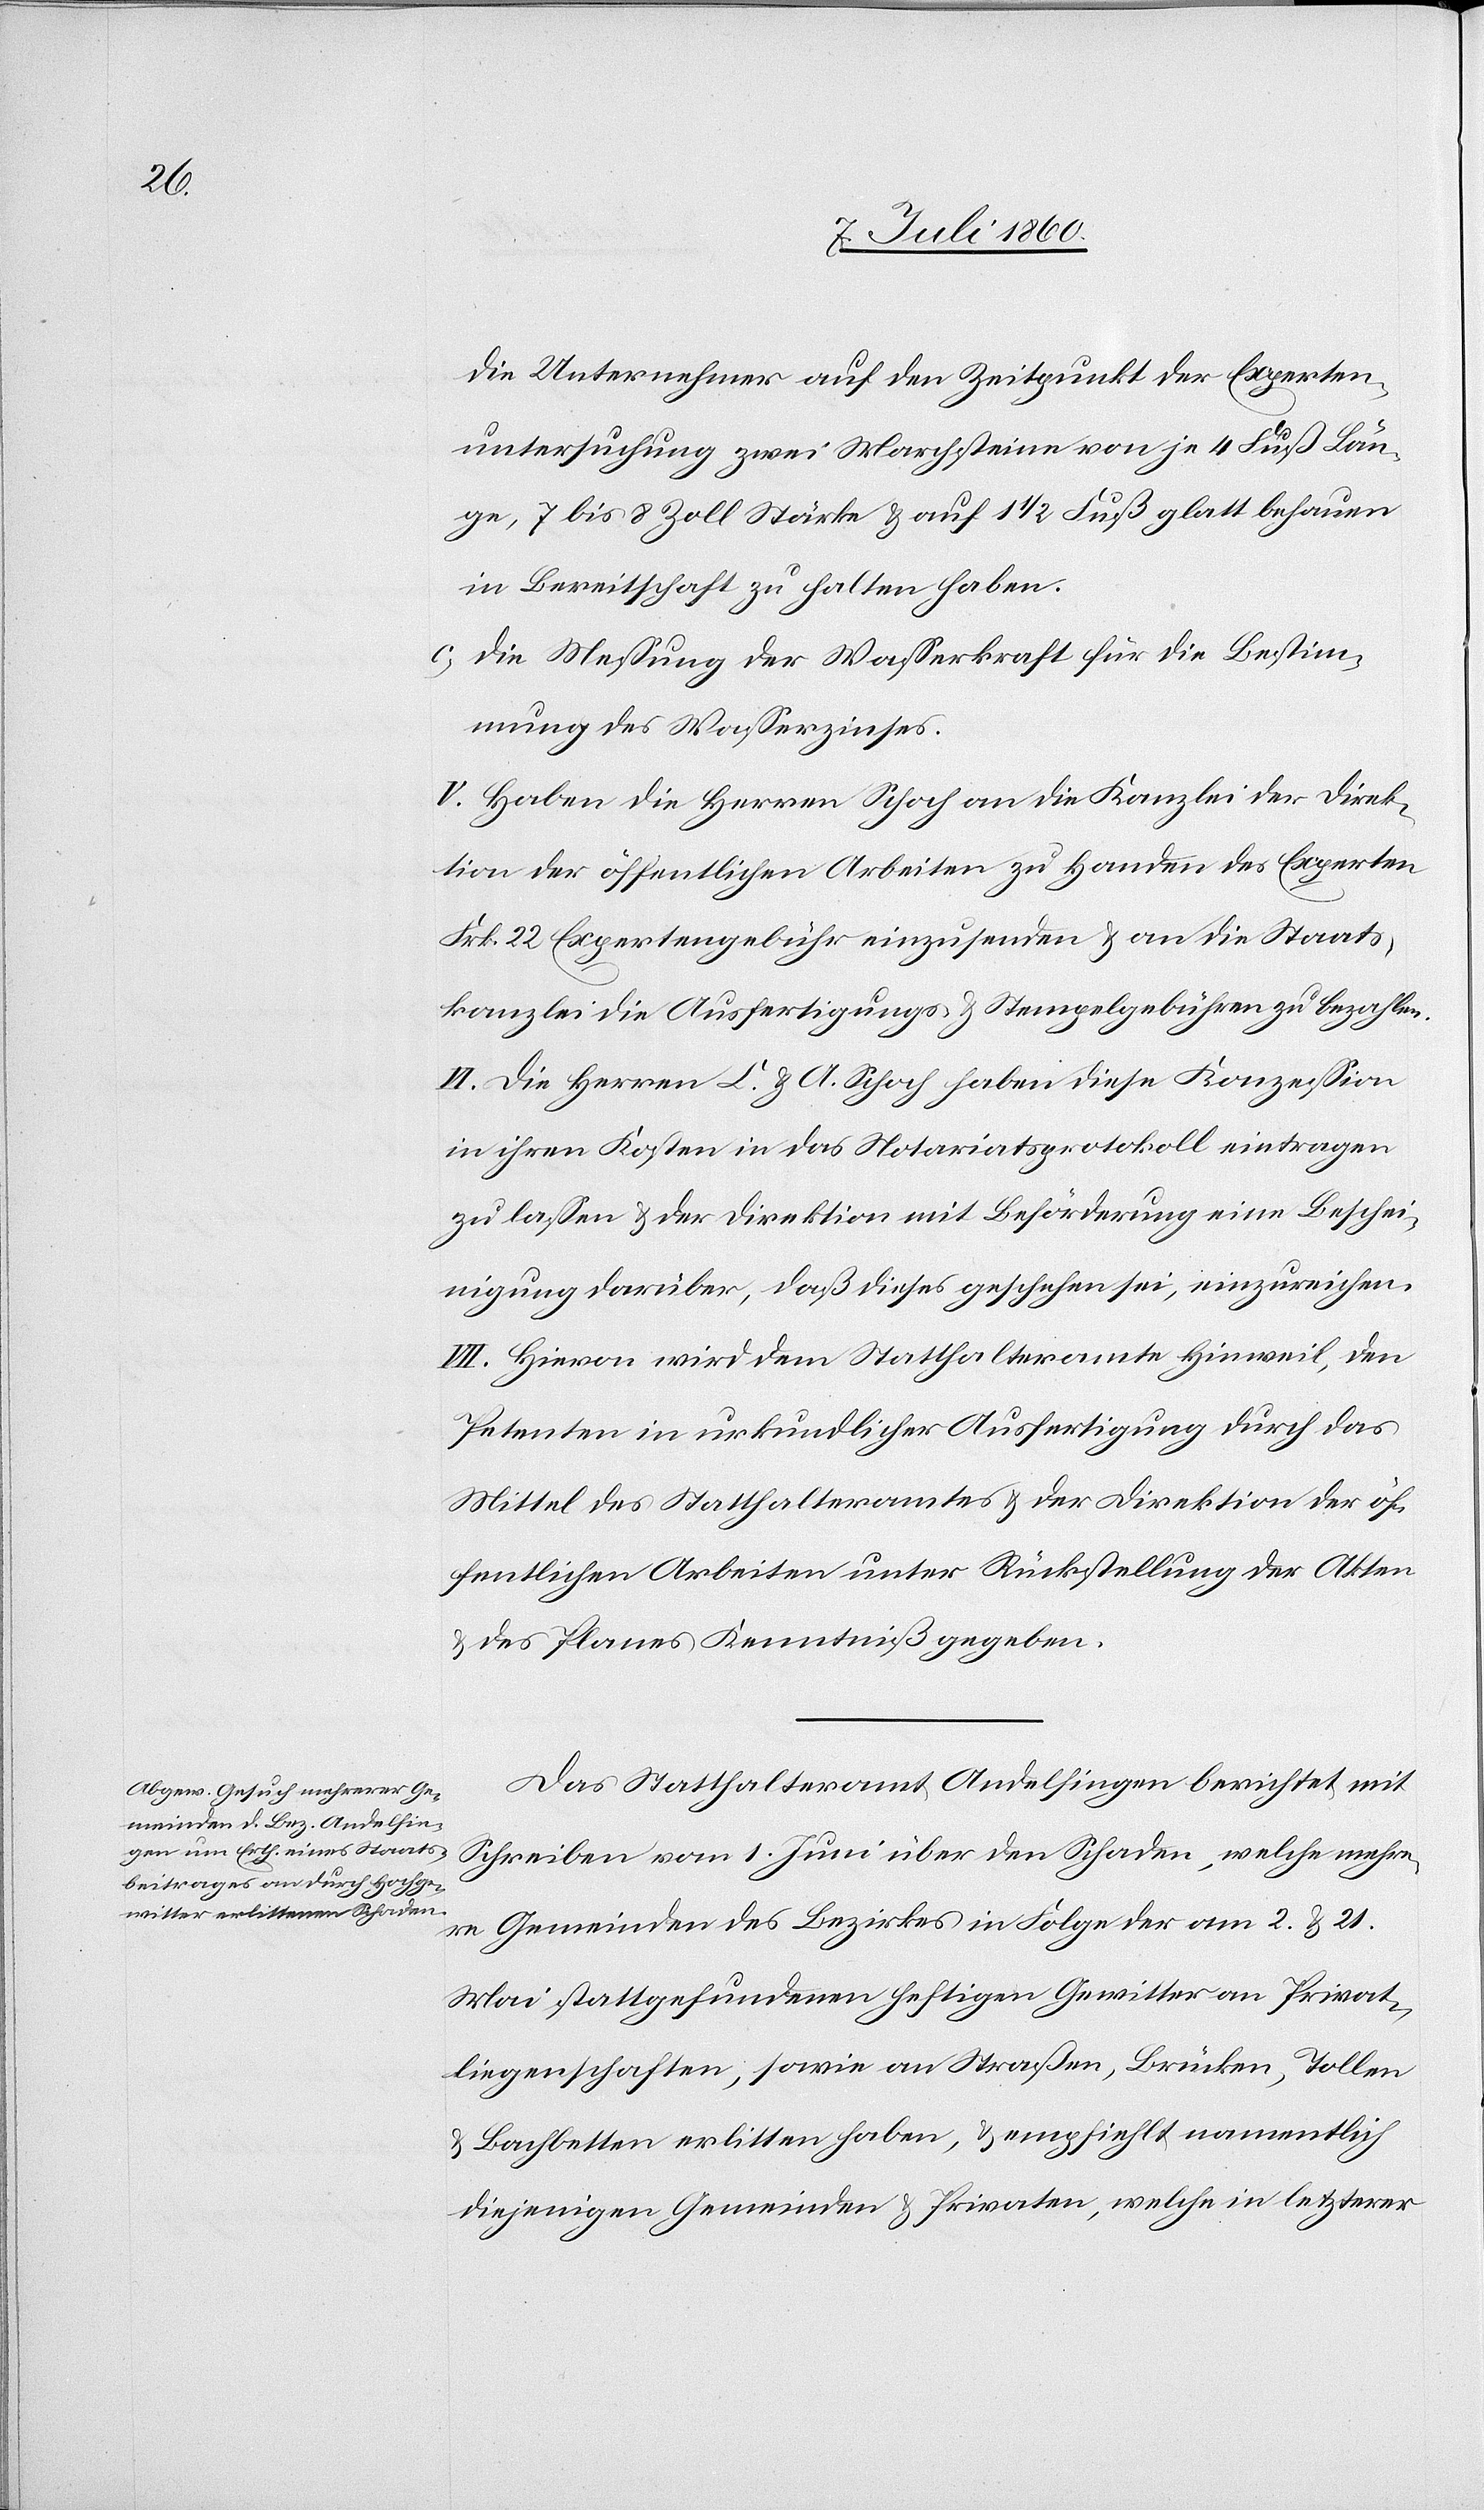
die Unternehmer auf den Zeitpunkt der Experten¬
untersuchung zwei Marchsteine von je 4 Fuß Län¬
ge, 7 bis 8 Zoll Stärke & auf 1 1/2 Fuß glatt behauen
in Bereitschaft zu halten haben.
c. Die Messung der Wasserkraft für die Bestim¬
mung des Wasserzinses.
V. Haben die Herren Schoch an die Kanzlei der Direk¬
tion der öffentlichen Arbeiten zu Handen des Experten
Frk. 22 Expertengebühr einzusenden & an die Staats¬
kanzlei die Ausfertigungs- & Stempelgebühren zu bezahlen.
VI. Die Herren C. & A. Schoch haben diese Konzession
in ihren Kosten in das Notariatsprotokoll eintragen
zu lassen & der Direktion mit Beförderung eine Beschei¬
nigung darüber, daß dieses geschehen sei, einzureichen.
VII. Hievon wird dem Statthalteramte Hinweil, den
Petenten in urkundlicher Ausfertigung durch das
Mittel des Statthalteramtes & der Direktion der öf¬
fentlichen Arbeiten unter Rückstellung der Akten
& des Planes Kenntniß gegeben.
Das Statthalteramt Andelfingen berichtet mit
Schreiben vom 1. Juni über den Schaden, welche[n] mehre¬
re Gemeinden des Bezirkes in Folge der am 2. & 21.
Mai stattgefundenen heftigen Gewitter an Privat¬
liegenschaften, sowie an Straßen, Brücken, Tollen
& Bachbetten erlitten haben, & empfiehlt namentlich
diejenigen Gemeinden & Privaten, welche in letzterer